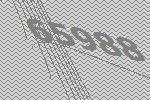
65988